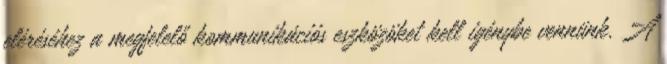
eléréséhez a megfelelő kommunikációs eszközöket kell igénybe vennünk. A